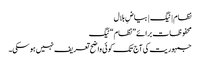
نظام | ٹیگ | بیاضِ بلال
محفوظات برائے ”نظام“ ٹیگ
جمہوریت کی آج تک کوئی واضح تعریف نہیں ہو سکی۔